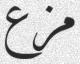
مزع